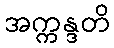
အက္ကန္ဒတိ